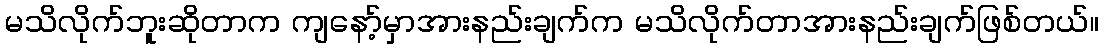
မသိလိုက်ဘူးဆိုတာက ကျနော့်မှာအားနည်းချက်က မသိလိုက်တာအားနည်းချက်ဖြစ်တယ်။